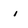
Character: i